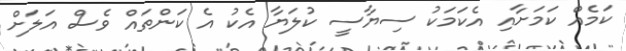
ކަމެއް ކަމަށާއި އެކަމަކު ސިޔާސީ ކުލަޔާ އެކު އެ ކަންތައް ވެސް އަލަށް